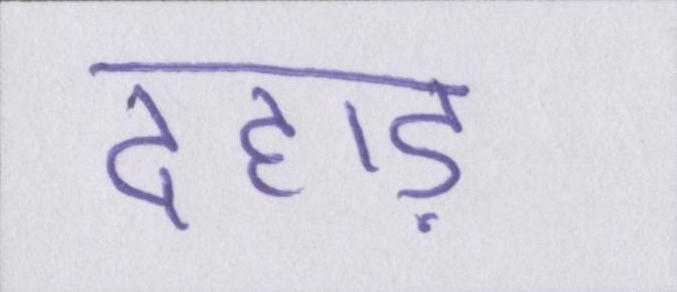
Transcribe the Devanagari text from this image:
दहाड़